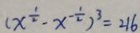
( x ^ { \frac { 1 } { 2 } } - x ^ { - \frac { 1 } { 2 } } ) ^ { 3 } = 2 1 6